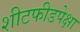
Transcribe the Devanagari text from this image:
शीटफीडपेक्षा